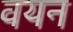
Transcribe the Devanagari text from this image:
वयन